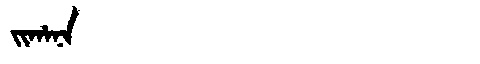
Manchu: ᠵᡳᡥᠠᠨᠠ
Romanization: JIHANA